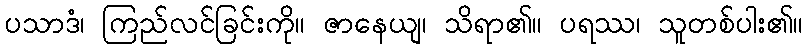
ပသာဒံ၊ ကြည်လင်ခြင်းကို။ ဇာနေယျ၊ သိရာ၏။ ပရဿ၊ သူတစ်ပါး၏။